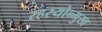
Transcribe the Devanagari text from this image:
रहस्योन्मुख